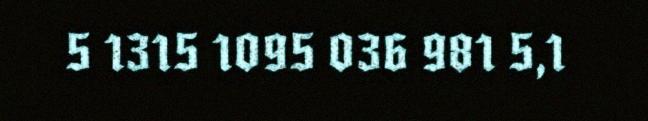
5 1315 1095 036 981 5,1